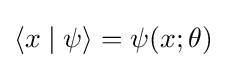
\langle x\mid \psi \rangle =\psi (x;\theta )